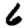
Digit: 6